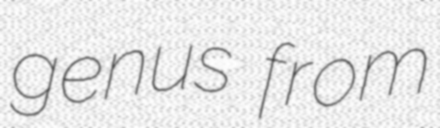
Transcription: genus from